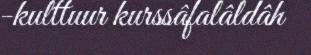
-kulttuur kurssâfalâldâh